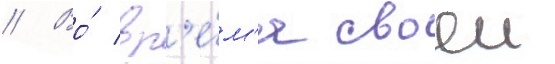
// Во́ вр'е́м'я своеи